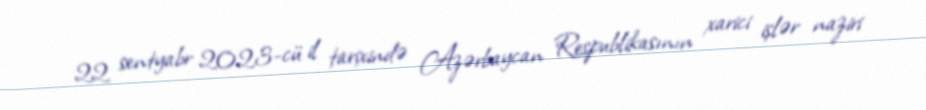
22 sentyabr 2023-cü il tarixində Azərbaycan Respublikasının xarici işlər naziri